Civil Veterinary Dept. North-West Frontier Province 1933-46 - 1933-1946
Year: 1933
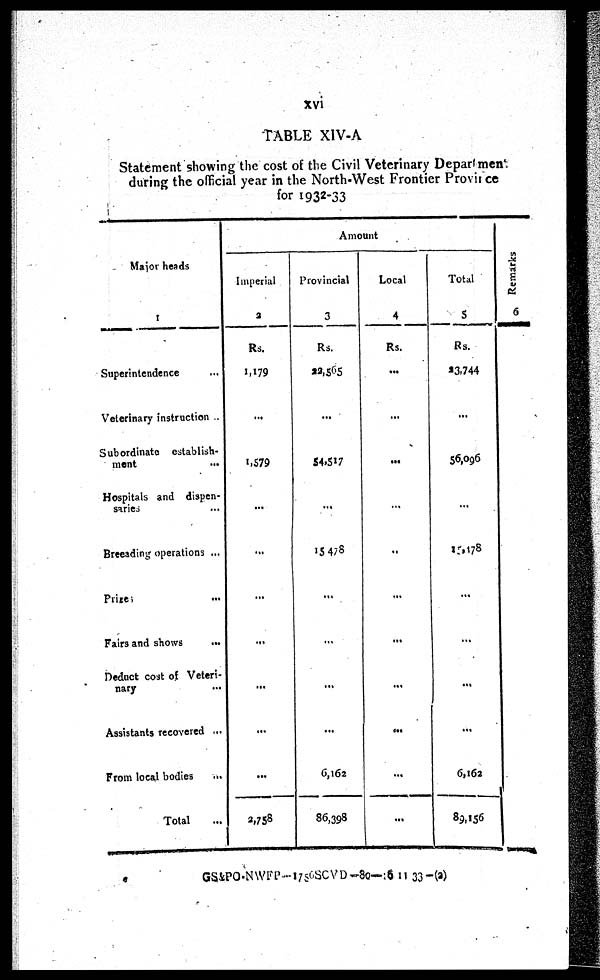
xvi
TABLE XIV-A
Statement showing the cost of the Civil Veterinary Department
during the official year in the North-West Frontier Province
for 1932-33
Major heads
Superintendence ...
Veterinary instruction ..
Subordinate establish-
ment ...
Hospitals and dispen-
saries ...
Breeading operations ...
Prizes ...
Fairs and shows ...
Deduct cost of Veteri-
nary ...
Assistants recovered ...
From local bodies ...
Total
...
Amount
Imperial
2
Rs.
1,179
...
1,579
...
...
...
...
...
...
...
2,758
Provincial
3
Rs.
22,565
...
54,517
...
15 478
...
...
...
...
6,162
86,398
Local
4
Rs.
...
...
...
...
...
...
...
...
...
...
...
Total
5
Rs.
23,744
...
56,096
...
15,178
...
...
...
...
6,162
89,156
Re ma r
ks
6
GS&PO-NWFP-1780SCVD-80—:6 11 33-(a)